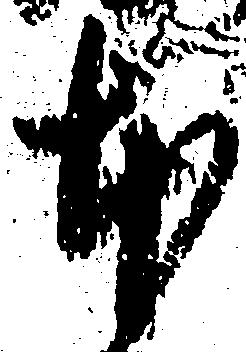
本